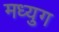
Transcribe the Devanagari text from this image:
मध्युग